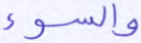
والسوء